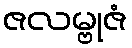
ဇလမ္ဗုဇံ